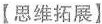
【思维拓展】